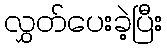
လွှတ်ပေးခဲ့ပြီး